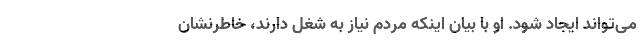
می‌تواند ایجاد شود. او با بیان اینکه مردم نیاز به شغل دارند، خاطرنشان